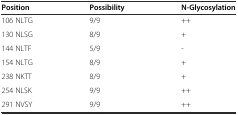
| Position | Possibility | N-Glycosylation |
 | --- | --- | --- |
 | 106 NLTG | 9/9 | ++ |
 | 130 NLSG | 8/9 | + |
 | 144 NLTF | 5/9 | - |
 | 154 NLTG | 8/9 | + |
 | 238 NKTT | 8/9 | + |
 | 254 NLSK | 9/9 | ++ |
 | 291 NVSY | 9/9 | ++ |